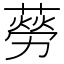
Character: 𦺜